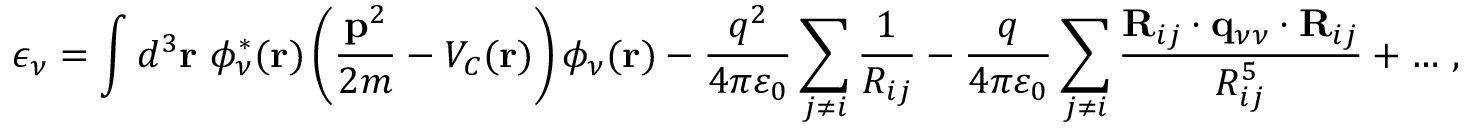
\epsilon _ { \nu } = \int d ^ { 3 } { \bf r } ~ \phi _ { \nu } ^ { \ast } ( { \bf r } ) \left( \frac { { \bf p } ^ { 2 } } { 2 m } - V _ { C } ( { \bf r } ) \right) \phi _ { \nu } ( { \bf r } ) - \frac { q ^ { 2 } } { 4 \pi \varepsilon _ { 0 } } \sum _ { j \neq i } \frac { 1 } { R _ { i j } } - \frac { q } { 4 \pi \varepsilon _ { 0 } } \sum _ { j \neq i } \frac { { \bf R } _ { i j } \cdot { \bf q } _ { \nu \nu } \cdot { \bf R } _ { i j } } { R _ { i j } ^ { 5 } } + \dots \, ,